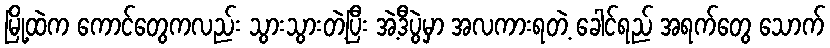
မြို့ထဲက ကောင်တွေကလည်း သွားသွားတဲ့ပြီး အဲ့ဒီပွဲမှာ အလကားရတဲ့ ခေါင်ရည် အရက်တွေ သောက်